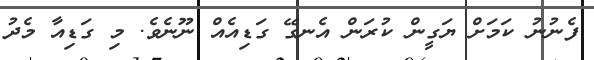
ފެނުނު ކަމަށް ޔަގީން ކުރަން އެނގޭ ގަޑިއެއް ނޫނެވެ. މި ގަޑިއާ މެދު